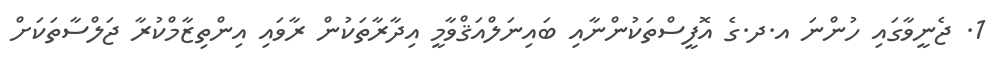
1. ޖެނީވާގައި ހުންނަ އ.ދ.ގެ އޮފީސްތަކުންނާއި ބައިނަލްއަޤްވާމީ އިދާރާތަކުން ރާވައި އިންތިޒާމްކުރާ ޖަލްސާތަކަށް